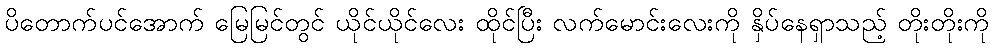
ပိတောက်ပင်အောက် မြေမြင်တွင် ယိုင်ယိုင်လေး ထိုင်ပြီး လက်မောင်းလေးကို နှိပ်နေရှာသည့် တိုးတိုးကို